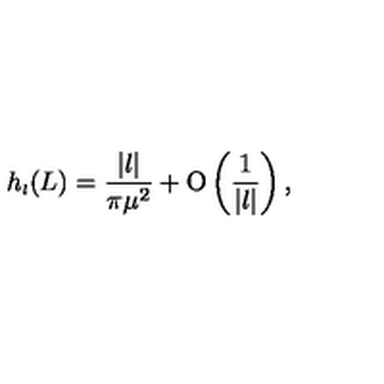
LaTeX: h _ { \scriptscriptstyle { l } } ( L ) = \frac { | l | } { \pi \mu ^ { 2 } } + \mathrm { O } \left( \frac { 1 } { | l | } \right) ,